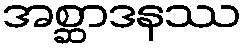
အစ္ဆာဒနဿ